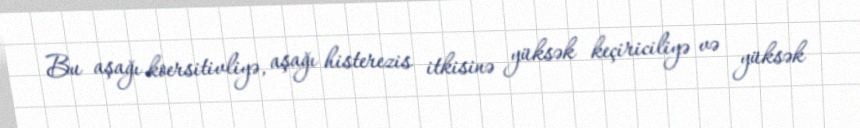
Bu aşağı koersitivliyə, aşağı histerezis itkisinə yüksək keçiriciliyə və yüksək